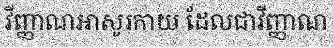
វីញ្ញាណអាសូរកាយ ដែលជាវីញ្ញាណ